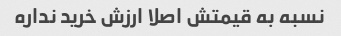
نسبه به قیمتش اصلا ارزش خرید نداره